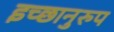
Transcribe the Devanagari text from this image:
इच्छानुरुप